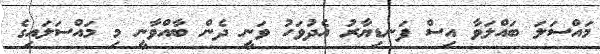
މައްސަލަ ބައްލަވާ އިސް ފަނޑިޔާރު އެދުވަހު ވަނީ ދެން ބާއްވާނީ މި މައްސަލައިގެ